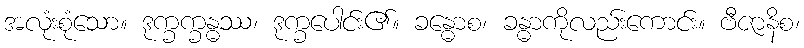
အလုံးစုံသော။ ဒုက္ခက္ခန္ဓဿ၊ ဒုက္ခပေါင်း၏။ ခန္ဓောစ၊ ခန္ဓာကိုလည်းကောင်း။ ဗီဇာနိစ၊